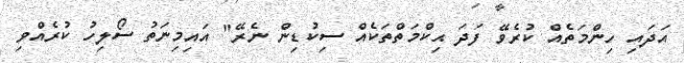
އަދައި ހިންމަތެއް ކުރެވޭ ފަދަ ޙިކްމަތްތަކެއް ސިކުޑިން ނެރޭ" އައިމިނަތު ސޯލިހު ކުރެއްވި